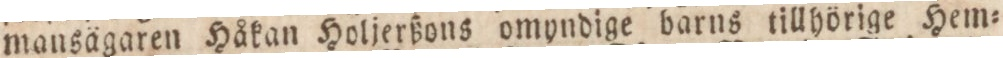
mansägaren Håkan Holjerßons omyndige barns tillhörige Hem=